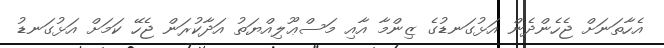
އެހާތަނަށް ޖެހެންދެން އަޅުގަނޑުގެ ޒިންމާ އާއި މަސްޢޫލިއްޔަތު އަދާކުރަން ޖެހޭ ކަމަށް އަޅުގަނޑު